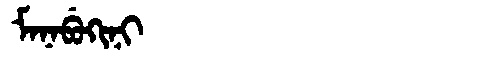
Manchu: ᠮᠠᠨᠠᠪᡠᡴᡳᠨᡳ
Romanization: MANABUKINI